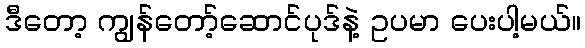
ဒီတော့ ကျွန်တော့်ဆောင်ပုဒ်နဲ့ ဥပမာ ပေးပါ့မယ်။